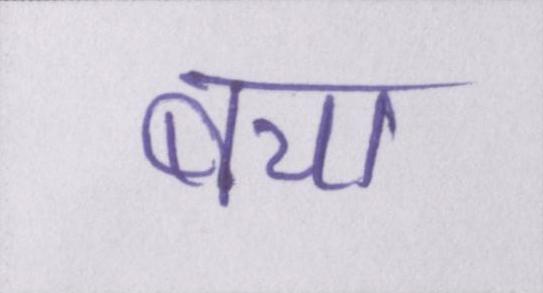
बचा